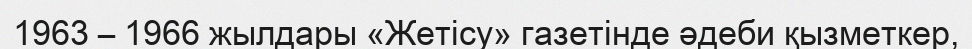
1963 – 1966 жылдары «Жетісу» газетінде әдеби қызметкер,